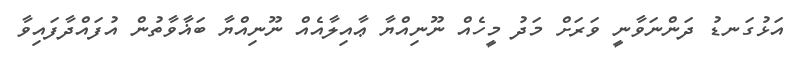
އަޅުގަނޑު ދަންނަވާނީ ވަރަށް މަދު މީހެއް ނޫނިއްޔާ ޢާއިލާއެއް ނޫނިއްޔާ ބަޣާވާތުން އުފައްދާފައިވާ